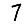
Digit: 7